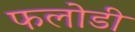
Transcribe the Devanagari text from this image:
फलोडी